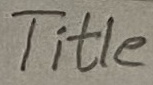
Text: Title